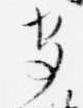
守